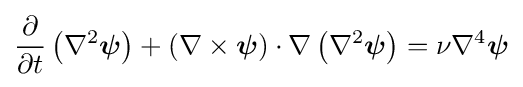
{\frac {\partial }{\partial t}}\left(\nabla ^{2}{\boldsymbol {\psi }}\right)+(\nabla \times {\boldsymbol {\psi }})\cdot \nabla \left(\nabla ^{2}{\boldsymbol {\psi }}\right)=\nu \nabla ^{4}{\boldsymbol {\psi }}